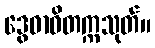
ဒွေဓာဝိတက္ကသုတ်။